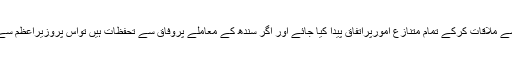
نوازشریف سے ملاقات کرکے تمام متنازع امورپراتفاق پیدا کیا جائے اور اگر سندھ کے معاملے پروفاق سے تحفظات ہیں تواس پروزیراعظم سے بات کریں۔